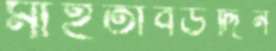
মাহতাবউদ্দিন